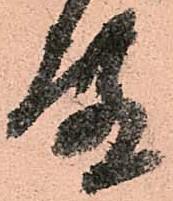
殿